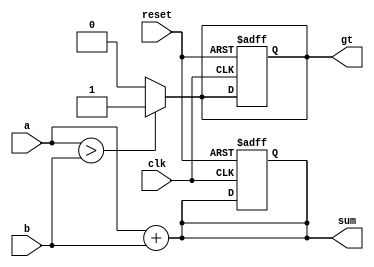
module example_design (
    input wire clk,           // Clock input
    input wire reset,         // Asynchronous reset
    input wire [3:0] a,      // 4-bit input a
    input wire [3:0] b,      // 4-bit input b
    output reg [3:0] sum,     // 4-bit output for sum
    output reg gt           // Output flag for greater than
);

// Combinational logic using always @*
always @* begin
    // Simple addition
    sum = a + b;

    // Greater than logic
    if (a > b) begin
        gt = 1'b1;  // Set gt to 1 if a is greater than b
    end else begin
        gt = 1'b0;  // Set gt to 0 otherwise
    end
end

// Sequential logic using always @ (posedge clk)
always @(posedge clk or posedge reset) begin
    if (reset) begin
        // Asynchronous reset: Clear outputs
        sum <= 4'b0000;
        gt <= 1'b0;
    end else begin
        // Update outputs on the rising edge of the clock
        sum <= sum;  // Keep current sum (or implement further logic as needed)
        gt <= gt;    // Keep current gt (or implement further logic as needed)
    end
end

endmodule